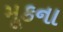
મૂકના